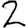
Digit: 2